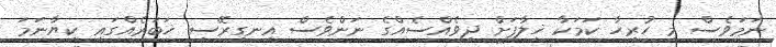
ނަމަވެސް މި ހުރިހާ ކަމަކާ ޚިލާފަށް ދިވެއްސެއްގެ ނަންވެސް އިނގިރޭސި ޚަބަރެއްގައި ކިޔާނަމަ